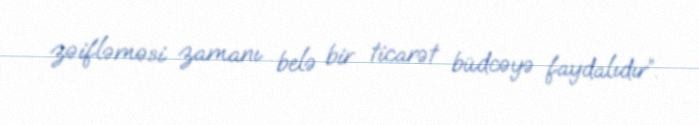
zəifləməsi zamanı belə bir ticarət büdcəyə faydalıdır”.